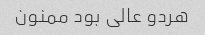
هردو عالی بود ممنون